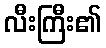
လီးကြီး၏